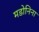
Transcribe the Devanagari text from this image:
मडोनिना